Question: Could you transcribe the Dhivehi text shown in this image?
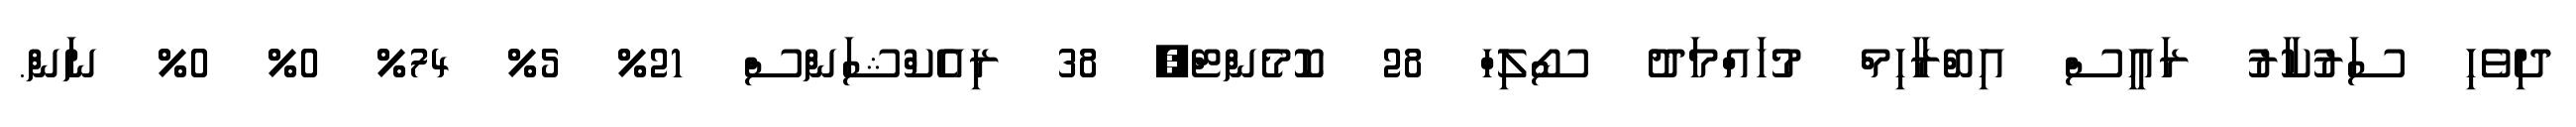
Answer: ދިވެހި ސަރުކާރު ރައީސް އިބްރާހިމް މުހައްމަދު ސޯލިހް 28 ކޮމެންޓް, 38 ރިއެކްޝަންސް 21% 5% 74% 0% 0% ނަން.